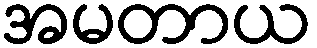
အမတာယ